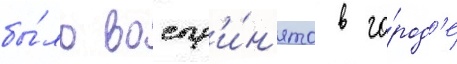
бы́ло воспр'и́н'ято в го́род'е